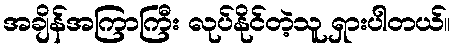
အချိန်အကြာကြီး လုပ်နိုင်တဲ့သူ ရှားပါတယ်။